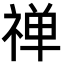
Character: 禅